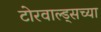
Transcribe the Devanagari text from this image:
टोरवाल्ड्सच्या